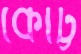
কোট্ট